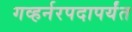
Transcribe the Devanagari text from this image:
गव्हर्नरपदापर्यंत